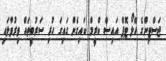
ޖަސްޓިންގެ ހޭލޯ ޓޮޕް އައިސް ކްރީމް ކައިގެން ގައިގަ ހުރި ސަރުބީތައް ވިރުވާލައި